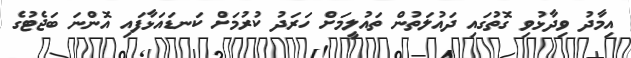
އިމާދު ވިދާޅުވި ގޮތުގައި ދައުލަތުން ތައުލީމަށް ހަރަދު ކުރުމަށް ކަނޑައަޅާފައި އޮންނަ ބަޖެޓުގެ